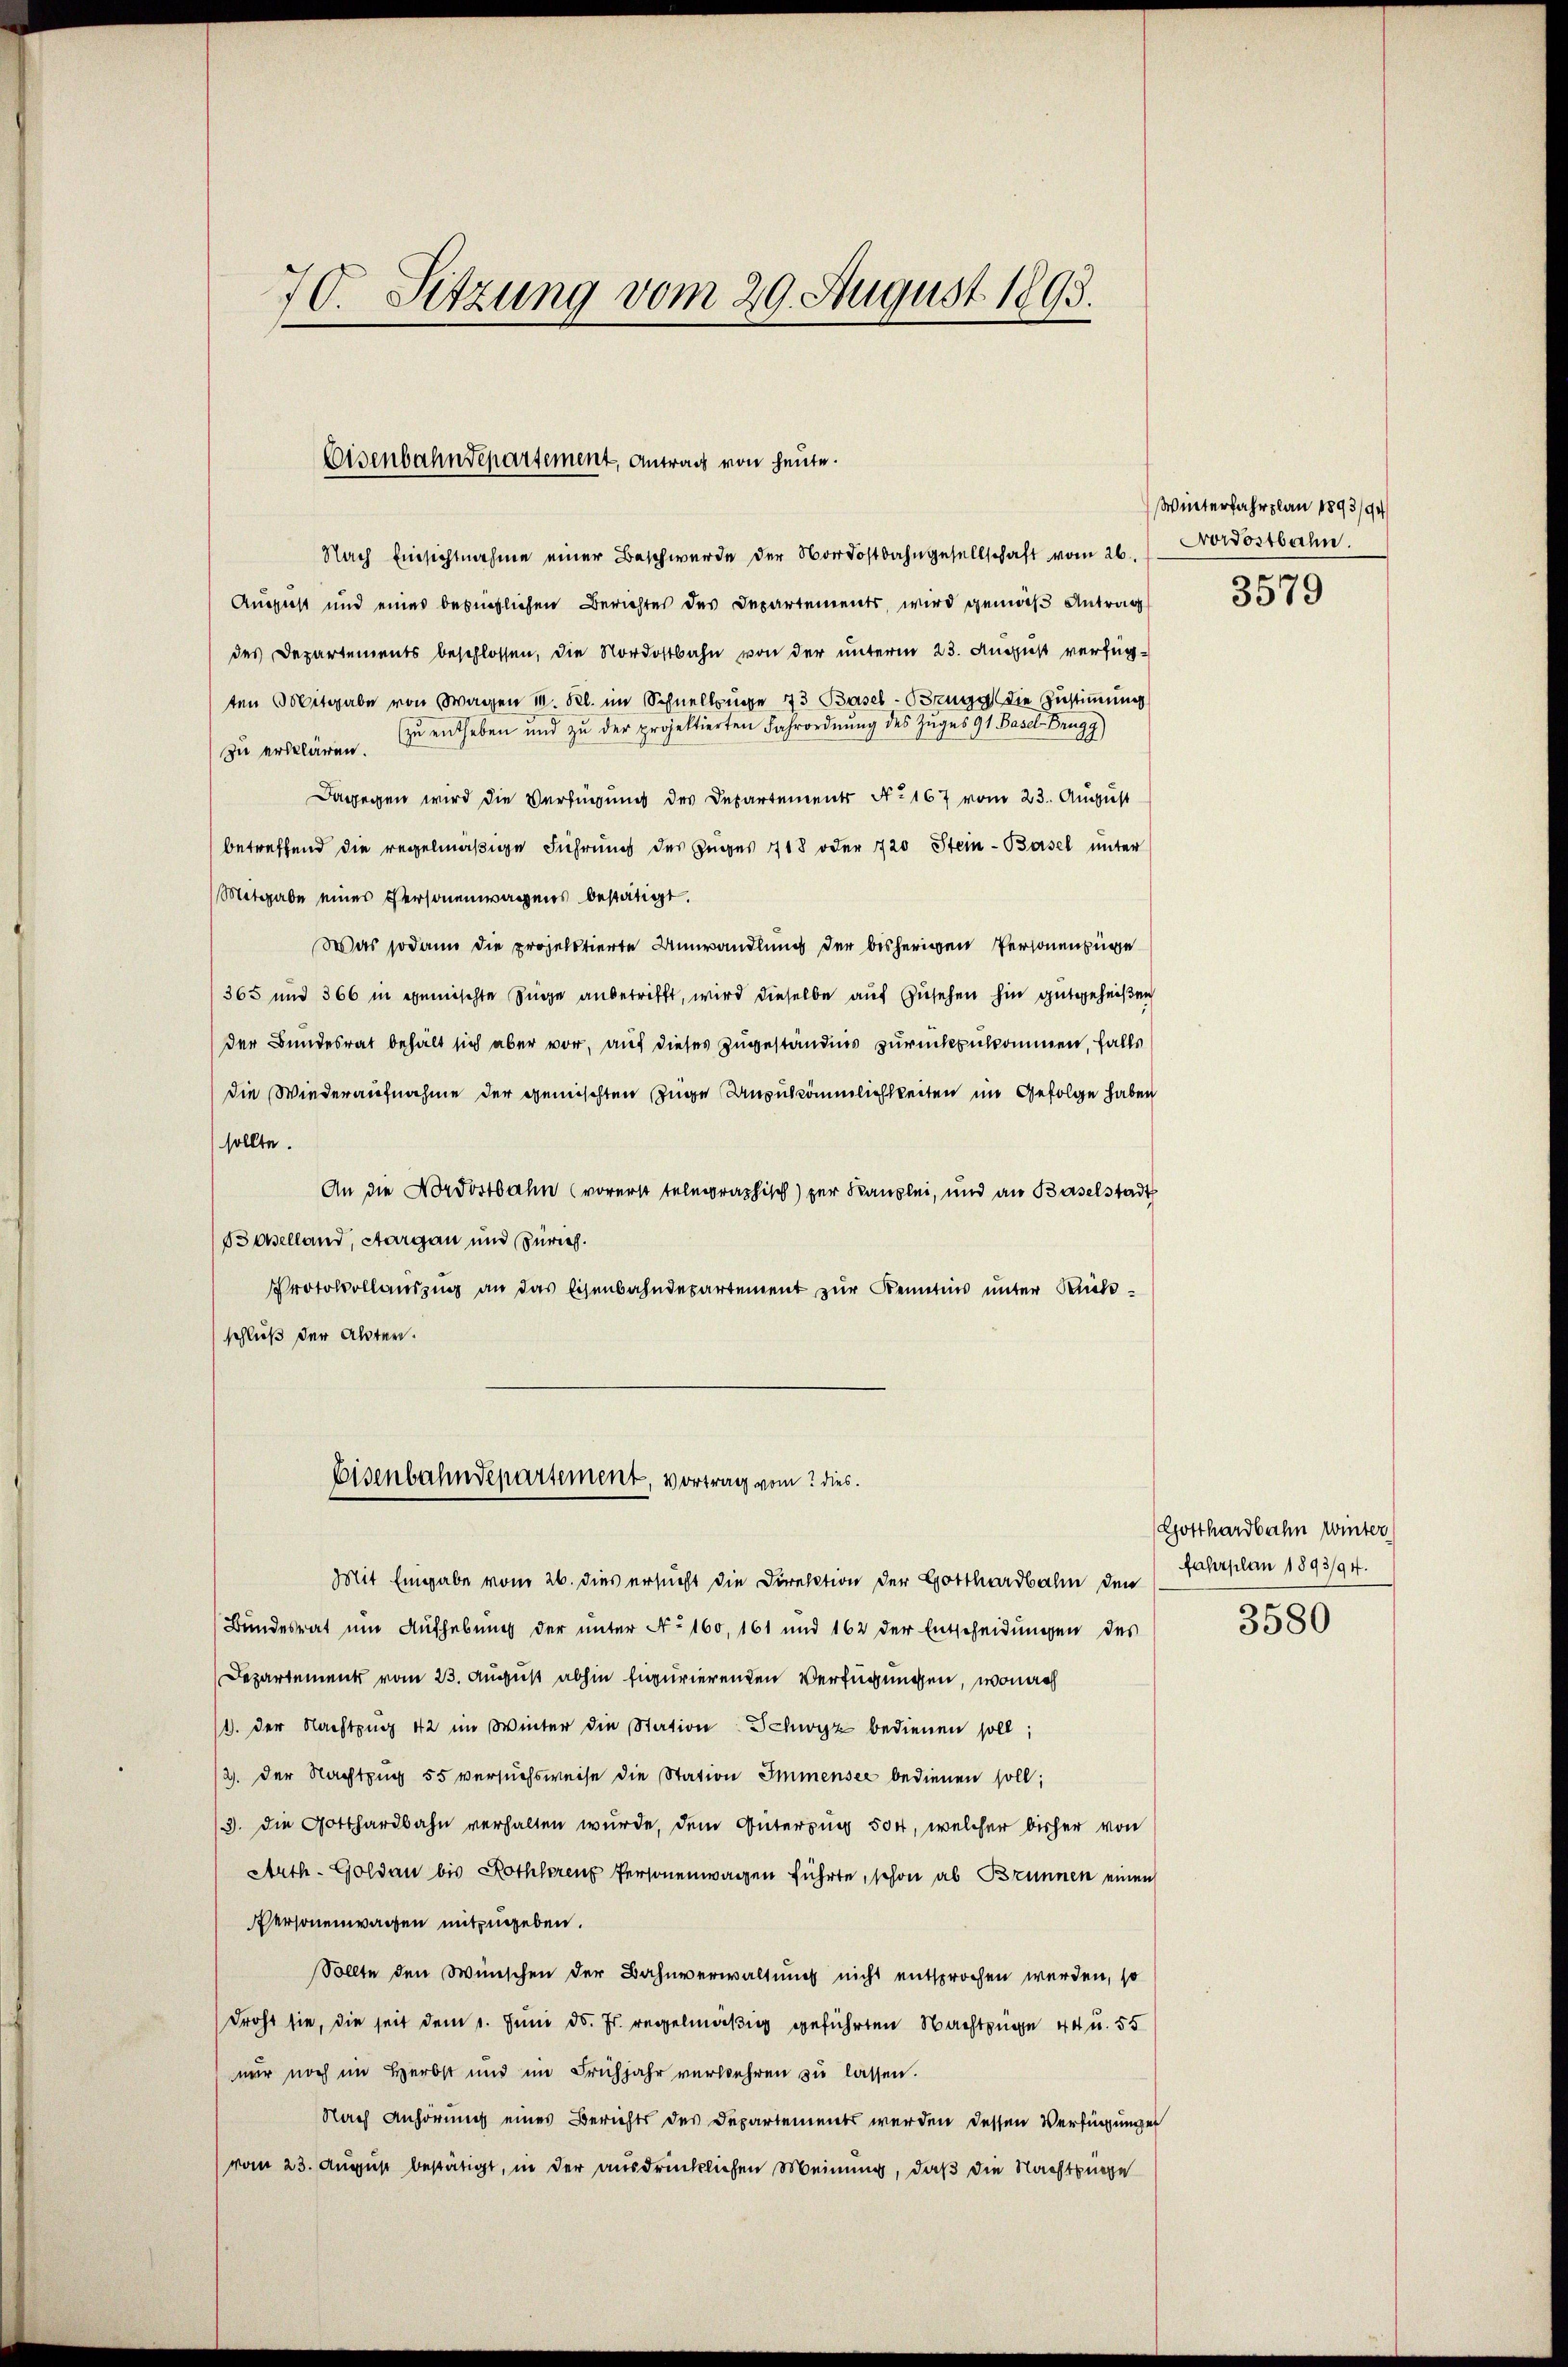
70. Sitzung vom 29. August 1893.

Eisenbahndepartement, Antrag von heute.

Nach Einsichtnahme einer Beschwerde der Nordostbahngesellschaft vom 26. J. Provostbahn.
August und eines bezüglichen Berichtes des Departements, wird gemäß Antrag
des Departements beschlossen, die Nordostbahn von der unterm 23. August verfügten Mitgabe von Wagen u. Kl. im Schnellzüge 73 Basel-Brugg die Zustimmung
zŭ entheben und zŭ der projektierten Fahrordnŭng des Zŭges 91. Basel Brugg)
zu erklären.
Dagegen wird die Verfügung des Departements Nr 167 vom 23. August
betreffend die regelmäßige Führung des Zuges 418 oder 720 Stein-Basel unter
Mitgabe eines Personenwagens bestätigt.
Was sodann die projelstierte Umwandlung der bisherigen Personenzüge
/365 und 366 in gemischte Züge anbetrifft, wird dieselbe auf Zusehen hin gutgeheißen
der Bundesrat behält sich aber vor, auf dieses Zugeständnis zurückzukommen, falls
die Wiederaufnahme der gemischten Zuge Unzukömmlichkeiten im Gefolge haben
sollte.
An die Nordostbahn (vorerst telegraphisch) zur Kanzlei, und an Baselstadt
Baselland, Aargau und Zürich.
Protokollaŭszŭg an das Eisenbahndepartement zŭr Kenntnis unter Kulschluß der Alter.
Eisenbahndepartement, vortrag vom 2 dies
Mit Eingabe vom 26. dies ersucht die Direktion der Gotthardbahn den Fahrplan 1893/94.
Bundesrat um Aufhebung der unter No 160, 161 und 162 der Entscheidungen des
Departement vom 23. August abhin figurierenden Verfügungen, wonach
1). Der Nachtzug 42 im Winter die Station Schwyz bedienen soll;
2. der Nachtzug 55 versuchsweise die Station Immensee bedienen soll;
/3. die Gotthardbahn verhalten wurde, dem Güterzug 504, welcher bisher von
Arth. Goldau bis Rothkorenz Personenwagen führte, schon ab Brunnen einen
Personenwagen mitzugeben.
Sollte den Wünschen der Bahnverwaltung nicht entsprochen werden, so
droht sie, die seit dem 1. Juni d. Js. regelmäßig geführten Nachtzüge 44 u. 55
nur noch im Herbst und im Frühjahr verkehren zu lassen.
Nach Anhörung eines Berichts des Departements werden dessen Verfügungen
vom 23. August bestätigt, in der ausdrücklichen Meinung, daß die Nachtswege

Winterfahrplan 1893/94

3579

Gotthardbahn Winter

3580